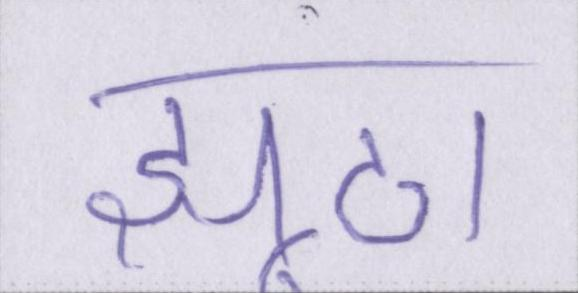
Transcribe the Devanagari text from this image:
झूठा